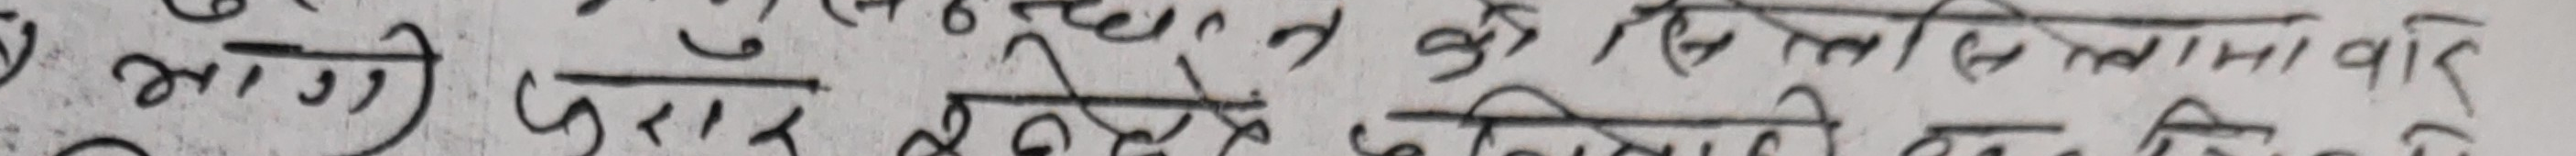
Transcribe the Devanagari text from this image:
आझी जारहेन होलागेछी।